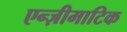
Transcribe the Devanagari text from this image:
एन्ज़ीमाटिक